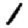
Digit: 1